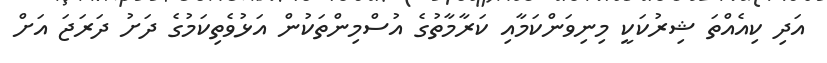
އަދި ކިއެއްތަ ޝިރުކަކީ މިނިވަންކަމާއި ކަރާމާތުގެ އުސްމިންތަކުން އަޅުވެތިކަމުގެ ދަށު ދަރަޖަ އަށް